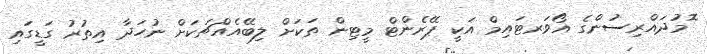
ޮމުދައްރިސުންގެ އޯވަރޓައިމް އަކީ ޕޭރެންޓް މީޓިން ތަކަށް ލިބޭއެއްޗަކަށް ނުހަދާ އިތުރު ގަޑީގައި